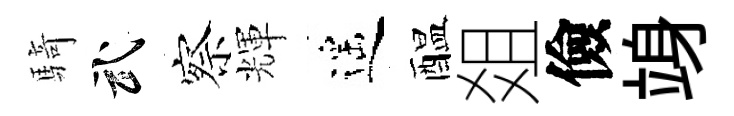
騎武察輝遥醖爼儉竧